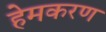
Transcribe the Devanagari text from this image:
हेमकरण